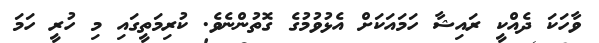
ވާހަކަ ދެއްކީ ރައިޝާ ހަމައަކަށް އެޅުވުމުގެ ގޮތުންނެވެ. ކުރިމަތީގައި މި ހުރީ ހަމަ